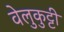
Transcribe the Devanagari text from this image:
वेलुकुट्टी